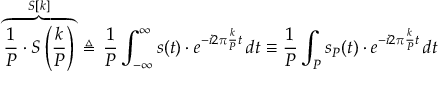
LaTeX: \overbrace { { \frac { 1 } { P } } \cdot S \left( { \frac { k } { P } } \right) } ^ { S [ k ] } \, \triangleq \, { \frac { 1 } { P } } \int _ { - \infty } ^ { \infty } s ( t ) \cdot e ^ { - i 2 \pi { \frac { k } { P } } t } \, d t \equiv { \frac { 1 } { P } } \int _ { P } s _ { P } ( t ) \cdot e ^ { - i 2 \pi { \frac { k } { P } } t } \, d t